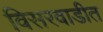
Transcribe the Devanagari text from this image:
विसरवाडीत